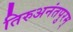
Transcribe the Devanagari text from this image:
तिरुअनंतपुरम्